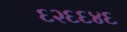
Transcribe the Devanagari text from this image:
६२६६४६